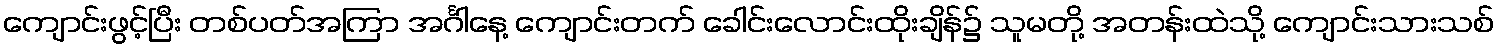
ကျောင်းဖွင့်ပြီး တစ်ပတ်အကြာ အင်္ဂါနေ့ ကျောင်းတက် ခေါင်းလောင်းထိုးချိန်၌ သူမတို့ အတန်းထဲသို့ ကျောင်းသားသစ်